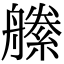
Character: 𦪝